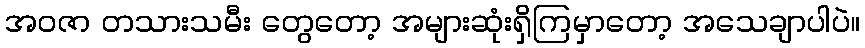
အဝဇာ တသားသမီး တွေတော့ အများဆုံးရှိကြမှာတော့ အသေချာပါပဲ။